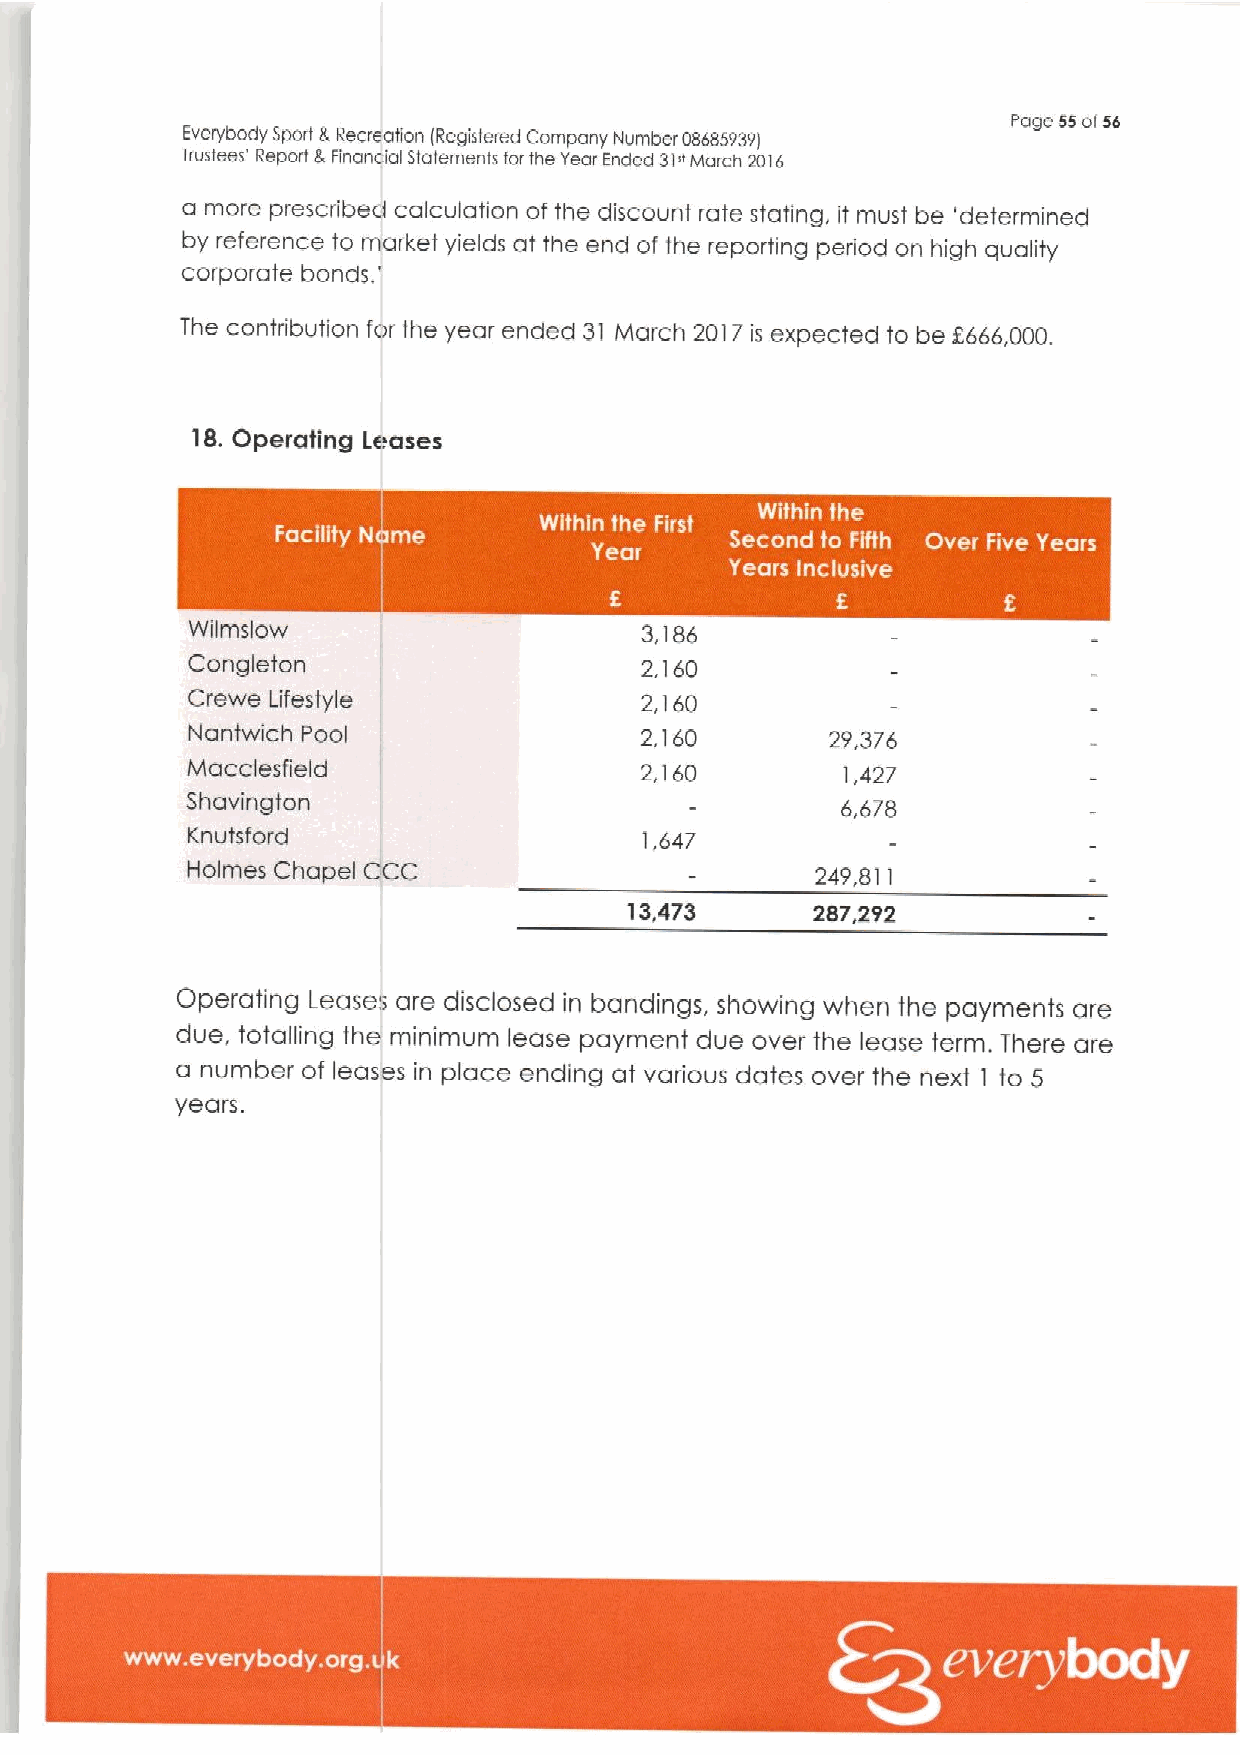
rage ss or66
 Everybody Sport 8.Recreation lRegistered Company Number 086859391
 Trustees' Report 3Financial Statements forthe Year Ended 31"March 2016
 a more prescribed calculation of the discount rate stating, it must be 'determined
 by reference to market yields at the end of the reporting period on high quality
 corporate bands, '
 The contribution for the year endecl 31 Ivlarch 2017 is expected to be F666,000.
 18.Operating Leases
 Wilmslow                      3,186
 Congleton                     2,160
 Crewe Lifestyle               2,160
 Nantwich Pool                 2,160        29,376
 Macclesfield                  2,160         1,427
 Shavington                                  6,678
 Knutsford                      1,647
 Holmes Chapel CCC                         249,811
 13,473      287,292
 Operating Lease, are disclosed in bandings, showing when the payments are
 due, totalling the minimum lease payment due over the lease term. There are
 a number of leases in place ending at various dates over the next to 5
 1
 years.
 ~ ~ ~